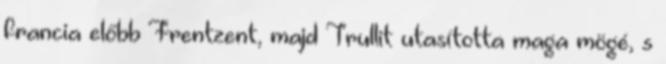
francia előbb Frentzent, majd Trullit utasította maga mögé, s